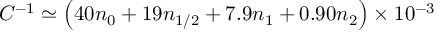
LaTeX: C ^ { - 1 } \simeq \left( 4 0 n _ { 0 } + 1 9 n _ { 1 / 2 } + 7 . 9 n _ { 1 } + 0 . 9 0 n _ { 2 } \right) \times 1 0 ^ { - 3 }